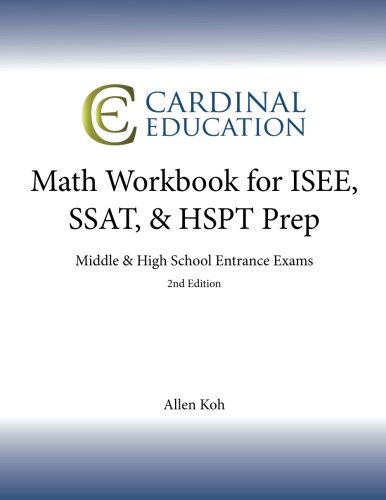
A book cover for Math Workbook for ISEE, SSAT, & HSPT Prep: Middle & High School Entrance Exams; Allen Koh; Test Preparation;